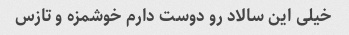
خیلی این سالاد رو دوست دارم خوشمزه و تازس